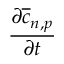
\frac { \partial \overline { { c } } _ { n , p } } { \partial t }